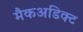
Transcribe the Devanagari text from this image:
मैकअडिक्ट